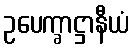
ဥပေက္ခာဋ္ဌာနီယံ